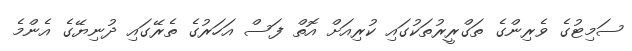
ސަމިޓުގެ ވެރިންގެ ތަގްރީރުތަކުގައި ކުރިއަށް އޮތް ފަސް އަހަރުގެ ތެރޭގައި ދުނިޔޭގެ އެންމެ